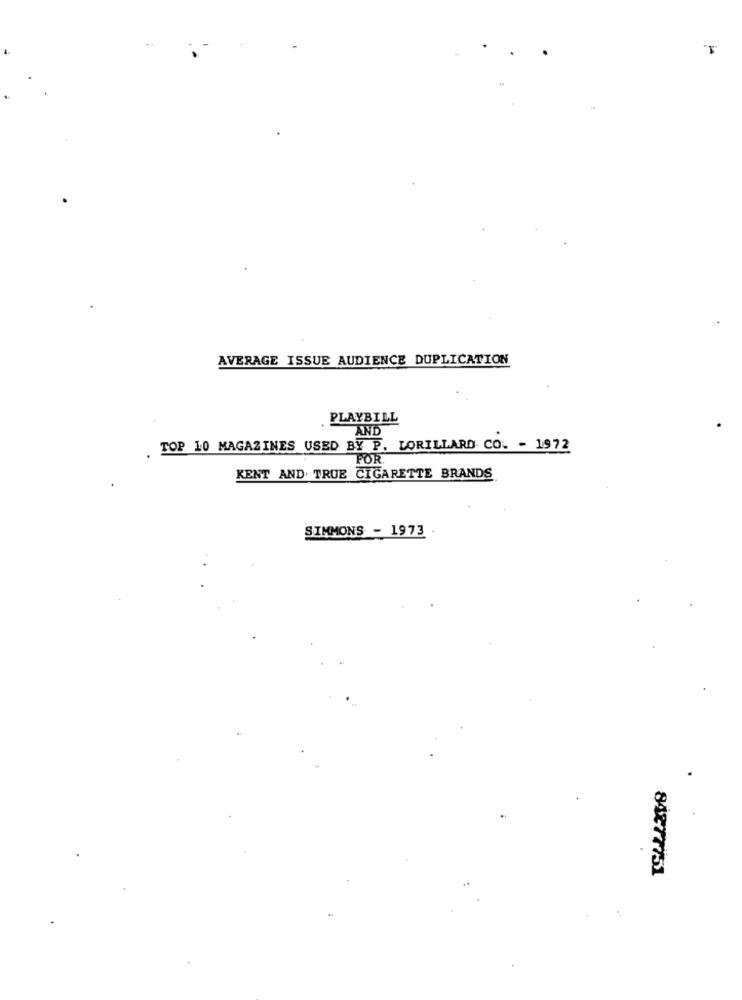
AVERAGE ISSUE AUDIENCE DUPLICATION
PLAYBILL
AND
TOP 10 MAGAZINES USED BY P. LORILLARD CO. - 1972
FOR
KENT AND. TRUE CIGARETTE BRANDS
SIMMONS - 1973
84277751